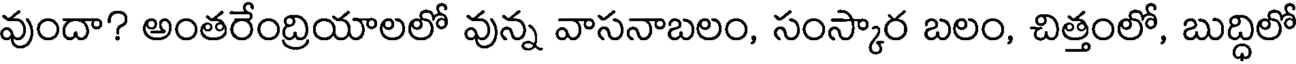
వుందా? అంతరేంద్రియాలలో వున్న వాసనాబలం, సంస్కార బలం, చిత్తంలో, బుద్ధిలో